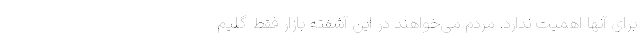
برای آنها اهمیت ندارد. مردم می‌خواهند در این آشفته بازار فقط گلیم